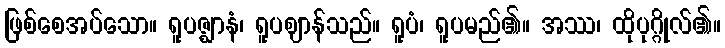
ဖြစ်စေအပ်သော။ ရူပဇ္ဈာနံ၊ ရူပဈာန်သည်။ ရူပံ၊ ရူပမည်၏။ အဿ၊ ထိုပုဂ္ဂိုလ်၏။